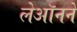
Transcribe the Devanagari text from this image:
लेऑनने